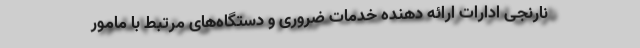
نارنجی ادارات ارائه دهنده خدمات ضروری و دستگاه‌های مرتبط با مامور